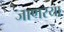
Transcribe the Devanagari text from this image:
जाणरया